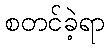
စတင်ခဲ့ရာ